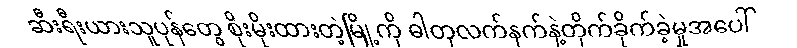
ဆီးရီးယားသူပုန်တွေ စိုးမိုးထားတဲ့မြို့ကို ဓါတုလက်နက်နဲ့တိုက်ခိုက်ခဲ့မှုအပေါ်